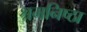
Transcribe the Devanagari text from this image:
श्रमनिष्ठा